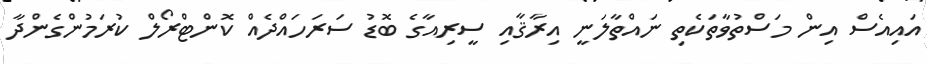
އައިއެސް އިން މަސްތުވާތަކެތި ނައްތާލަނީ އިރާޤާއި ސީރިއާގެ ބޮޑު ސަރަހައްދެއް ކޮންޓްރޯލް ކުރަމުންގެންދާ